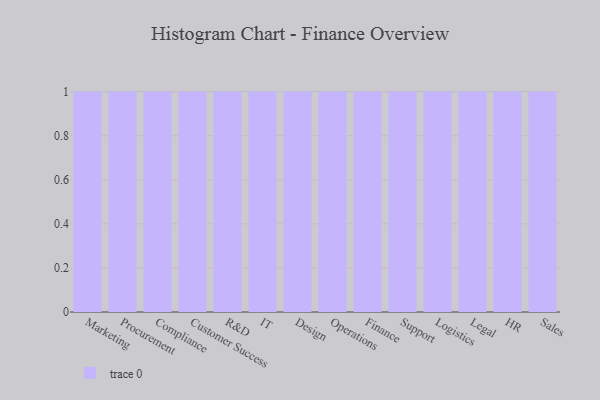
{"axis": {"x": "Department", "y": "Bounce Rate (%)"}, "legend": [""], "data": [{"x": "Marketing", "y": 17, "type": ""}, {"x": "Procurement", "y": 95, "type": ""}, {"x": "Compliance", "y": 37, "type": ""}, {"x": "Customer Success", "y": 47, "type": ""}, {"x": "R&D", "y": 91, "type": ""}, {"x": "IT", "y": 51, "type": ""}, {"x": "Design", "y": 100, "type": ""}, {"x": "Operations", "y": 97, "type": ""}, {"x": "Finance", "y": 31, "type": ""}, {"x": "Support", "y": 42, "type": ""}, {"x": "Logistics", "y": 39, "type": ""}, {"x": "Legal", "y": 80, "type": ""}, {"x": "HR", "y": 25, "type": ""}, {"x": "Sales", "y": 94, "type": ""}]}